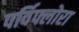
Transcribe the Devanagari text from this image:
पर्विफ्लोरा